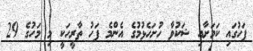
ފަހުގައި ކަމަށާއި ޝަކުވާ ހުށަހެޅުމުގެ އެންމެ ފަހު ތާރީހަކީ މި މަހުގެ 29